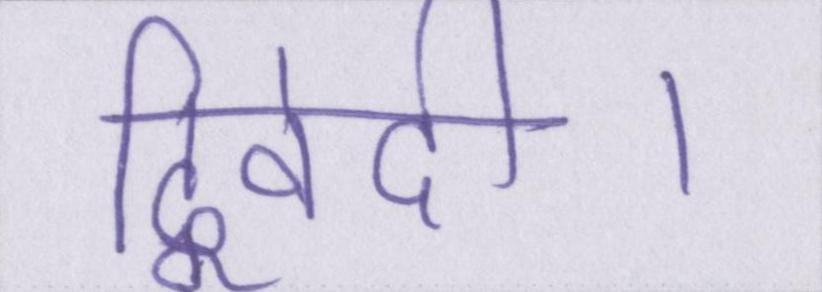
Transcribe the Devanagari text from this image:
द्विवेदी।